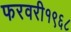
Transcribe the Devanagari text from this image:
फरवरी१९६८